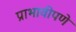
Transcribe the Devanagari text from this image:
प्राभावीपणे